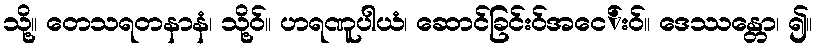
သို့။ တေသရတနာနံ၊ သို့ဝ်။ ဟရဏူပါယံ၊ ဆောင်ခြင်းဝ်အငေ်းဝ်။ ဒေဿန္တော၊ ၍။